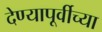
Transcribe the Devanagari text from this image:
देण्यापूर्वीच्या